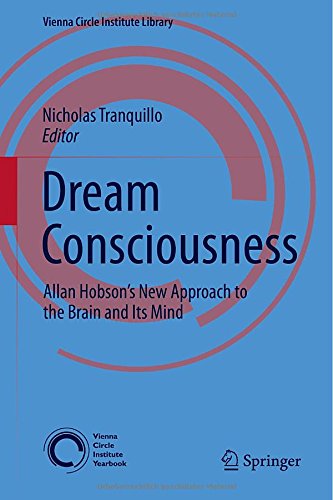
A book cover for Dream Consciousness: Allan Hobson's New Approach to the Brain and Its Mind (Vienna Circle Institute Library); Medical Books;